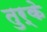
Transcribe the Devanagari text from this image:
तुर्के